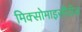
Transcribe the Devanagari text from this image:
मिक्सोमाइसीटीज़